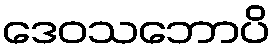
ဒေဝသဘောပိ